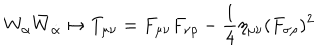
W _ { \alpha } \bar { W } _ { \dot { \alpha } } \mapsto T _ { \mu \nu } = F _ { \mu \nu } F _ { \nu \rho } - { \frac { 1 } { 4 } } \eta _ { \mu \nu } ( F _ { \sigma \rho } ) ^ { 2 }